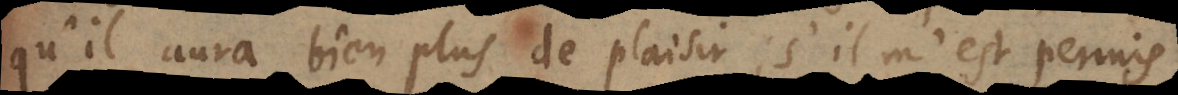
qu’il aura bien plus de plaisir; s’il m’est permis